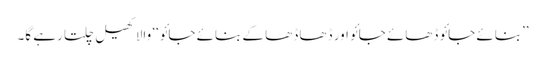
’’بنائے جائو ڈھائے جائو اور ڈھا ڈھا کے بنائے جائو‘‘ والا کھیل چلتا رہے گا۔